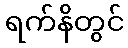
ရက်နိတွင်